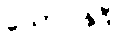
ယောပါနုဒီ